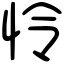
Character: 怜